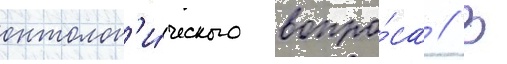
онтолог'и́ческого вопро́са // В